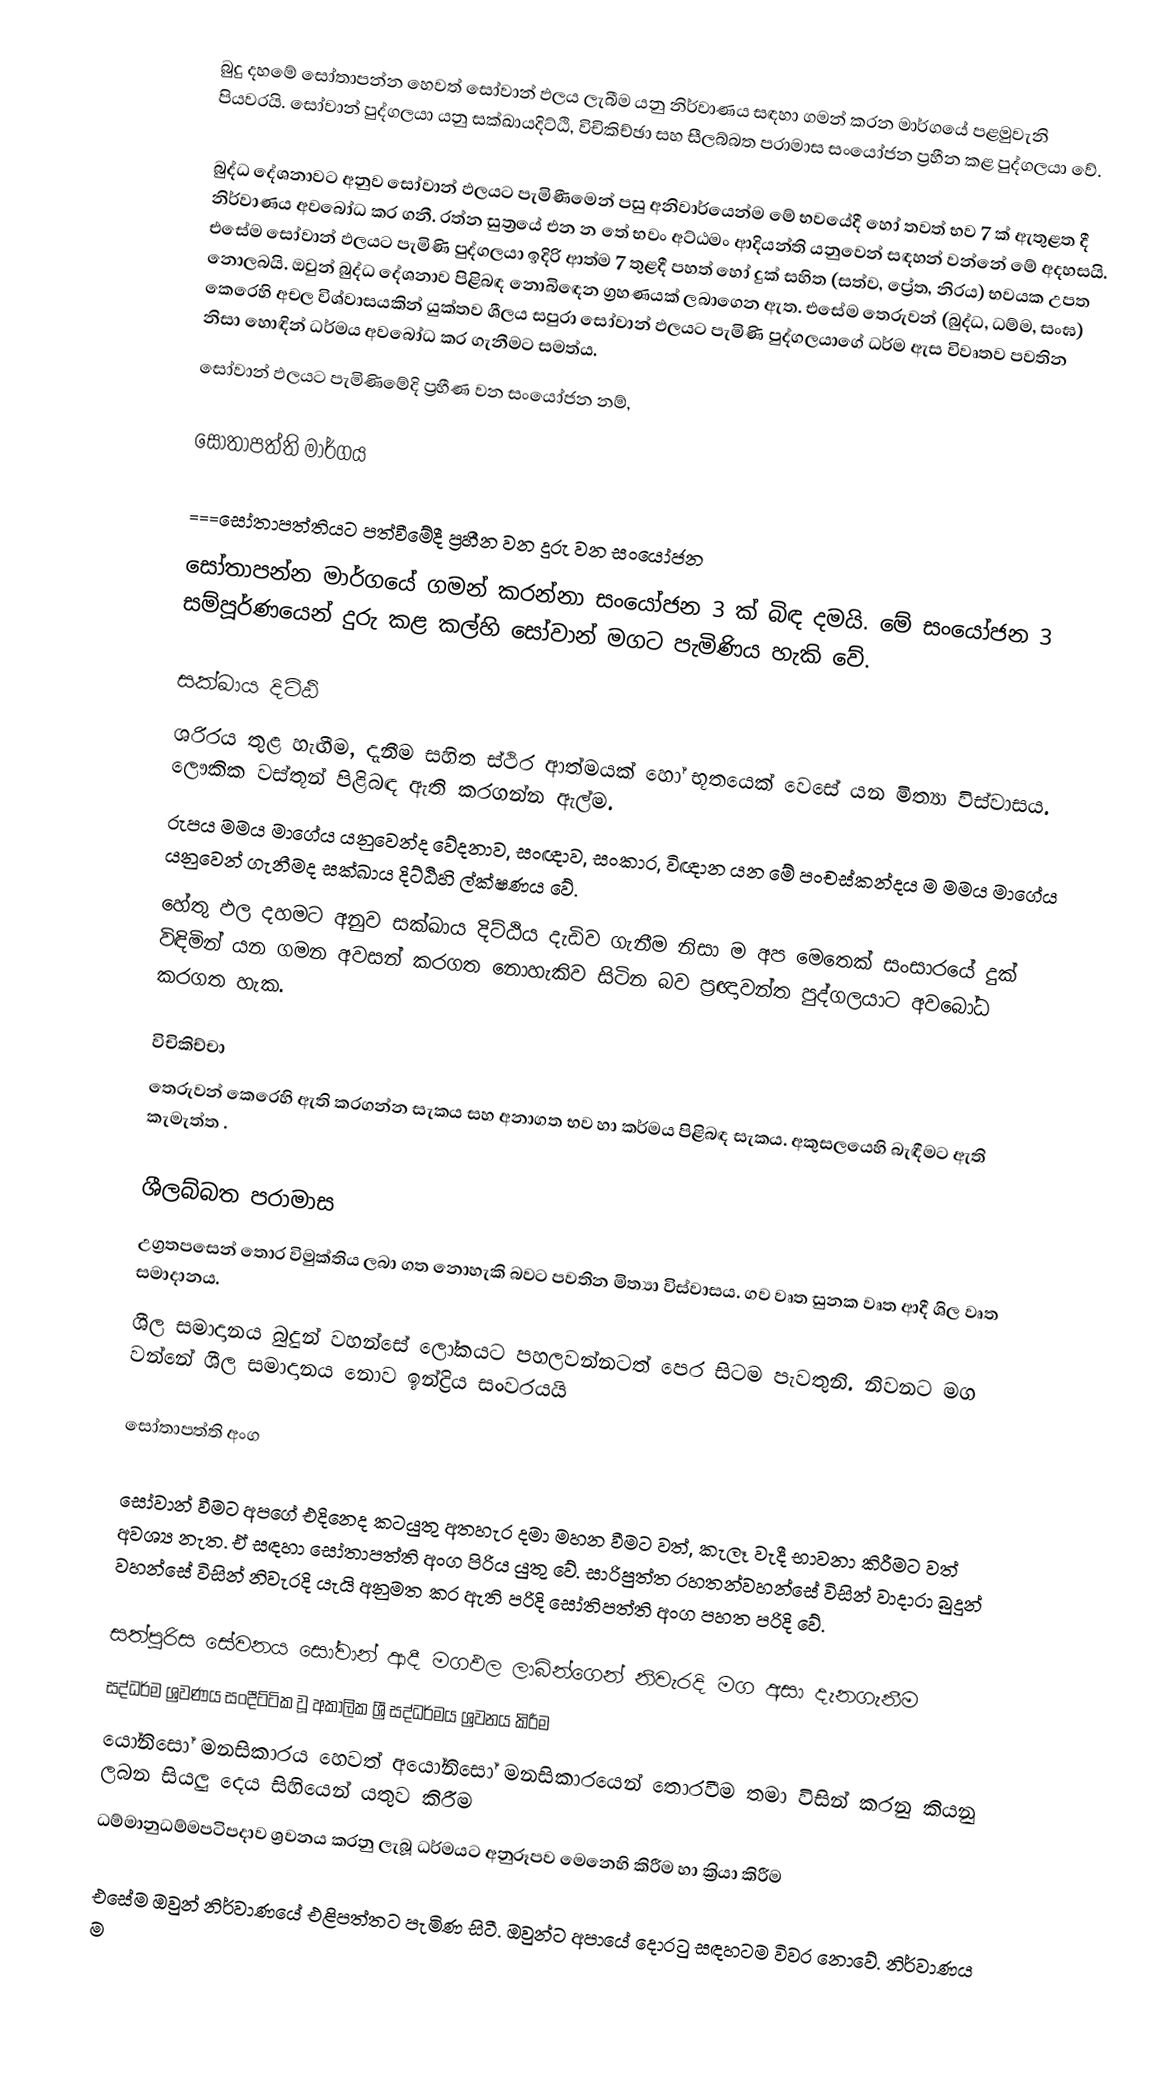
බුදු දහමේ සෝතාපන්න හෙවත් සෝවාන් ඵලය ලැබීම යනු නිර්වාණය සඳහා ගමන් කරන මාර්ගයේ පළමුවැනි පියවරයි. සෝවාන් පුද්ගලයා යනු සක්ඛායදිට්ඨි, විචිකිච්ඡා සහ සීලබ්බත පරාමාස සංයෝජන ප්‍රහීන කළ පුද්ගලයා වේ.

බුද්ධ දේශනාවට අනුව සෝවාන් ඵලයට පැමිණීමෙන් පසු අනිවාර්යෙන්ම මේ භවයේදී හෝ තවත් භව 7 ක් ඇතුළත දී නිර්වාණය අවබෝධ කර ගනී. රත්න සුත්‍රයේ එන න තේ භවං අට්ඨමං ආදියන්ති යනුවෙන් සඳහන් වන්නේ මේ අදහසයි. එසේම සෝවාන් ඵලයට පැමිණි පුද්ගලයා ඉදිරි ආත්ම 7 තුළදී පහත් හෝ දුක් සහිත (සත්ව, ප්‍රේත, නිරය) භවයක උපත නොලබයි. ඔවුන් බුද්ධ දේශනාව පිළිබඳ නොබිඳෙන ග්‍රහණයක්  ලබාගෙන ඇත. එසේම තෙරුවන් (බුද්ධ, ධම්ම, සංඝ) කෙරෙහි අචල විශ්වාසයකින් යුක්තව ශීලය සපුරා සෝවාන් ඵලයට පැමිණි පුද්ගලයාගේ ධර්ම ඇස විවෘතව පවතින නිසා හොඳින් ධර්මය අවබෝධ කර ගැනීමට සමත්ය.
සෝවාන් ඵලයට පැමිණිමේදි ප්‍රහීණ වන සංයෝජන නම්,

සෝතාපත්ති මාර්ගය

===සෝතාපත්තියට පත්වීමේදී ප්‍රහීන වන දුරු වන සංයෝජන
සෝතාපන්න මාර්ගයේ ගමන් කරන්නා සංයෝජන 3 ක් බිඳ දමයි. මේ සංයෝජන 3 සම්පූර්ණයෙන් දුරු කළ කල්හි සෝවාන් මගට පැමිණිය හැකි වේ.

සක්ඛාය දිට්ඨි
ශරිරය තුළ හැඟීම, දැනීම සහිත ස්ථිර ආත්මයක් හෝ භූතයෙක් වෙසේ යන මිත්‍යා විස්වාසය. ලෞකික වස්තූන් පිළිබඳ ඇති කරගන්න ඇල්ම.
රුපය මමය මාගේය යනුවෙන්ද වේදනාව, සංඥාව, සංකාර, විඥාන යන මේ පංචස්කන්දය ම මමය මාගේය යනුවෙන් ගැනීමද සක්ඛාය දිට්ඨිහි ල්ක්ෂණය වේ.
හේතු ඵල දහමට අනුව සක්ඛාය දිට්ඨිය දැඩිව ගැනීම නිසා ම අප මෙතෙක් සංසාරයේ දුක් විඳිමින් යන ගමන අවසන් කරගත නොහැකිව සිටින බව ප්‍රඥාවන්ත පුද්ගලයාට අවබෝධ කරගත හැක.

විචිකිච්චා
තෙරුවන් කෙරෙහි ඇති කරගන්න සැකය  සහ අනාගත භව හා කර්මය පිළිබඳ සැකය. අකුසලයෙහි බැඳීමට ඇති  කැමැත්ත .

ශීලබ්බත පරාමාස
උග්‍රතපසෙන් තොර විමුක්තිය ලබා ගත නොහැකි  බවට පවතින මිත්‍යා විස්වාසය. ගව වෘත සුනක වෘත ආදී ශිල වෘත සමාදානය.
ශීල සමාදානය බුදුන් වහන්සේ ලෝකයට පහලවන්නටත් පෙර සිටම පැවතුනි. නිවනට මග වන්නේ  ශීල සමාදානය නොව ඉන්ද්‍රිය සංවරයයි

සෝතාපත්ති අංග

සෝවාන් වීමට අපගේ එදිනෙද කටයුතු අතහැර දමා මහන වීමට වත්, කැලෑ වැදී භාවනා කිරීමට වත් අවශ්‍ය නැත. ඒ සඳහා සෝතාපත්ති අංග පිරිය යුතු වේ. සාරිපුත්ත රහතන්වහන්සේ විසින් වාදාරා බුදුන් වහන්සේ විසින් නිවැරදි යැයි අනුමත කර ඇති පරිදි සෝතිපත්ති අංග පහත පරිදි වේ.

 සත්පුරිස සේවනය සෝවාන් ආදී මගඵල ලාබින්ගෙන් නිවැරදි මග අසා දැනගැනීම
 සද්ධර්ම ශ්‍රවණය සංදීට්ටික වූ අකාලික ශ්‍රී සද්ධර්මය ශ්‍රවනය කිරීම
 යෝනිසෝ මනසිකාරය  හෙවත් අයෝනිසෝ මනසිකාරයෙන් තොරවීම      තමා විසින් කරනු කියනු ලබන සියලු දෙය සිහියෙන් යතුව කිරීම
 ධම්මානුධම්මපටිපදාව ශ්‍රවනය කරනු ලැබූ ධර්මයට අනුරූපව මෙනෙහි කිරීම හා ක්‍රියා කිරීම

එසේම ඔවුන් නිර්වාණයේ එළිපත්තට පැමිණ සිටී. ඔවුන්ට අපායේ දොරටු සඳහටම විවර නොවේ. නිර්වාණය ම